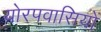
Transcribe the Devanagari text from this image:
योरपवासियों